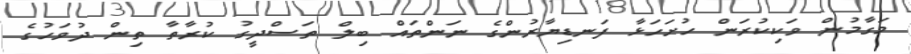
މަގާމުން ވަކިކުރަން ހުށަހަޅާ ފަނޑިޔާރުންގެ ނަންތައް ބިލް ތަސްދީގު ކުރާތާ ތިން ދުވަހުގެ